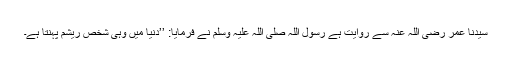
سیدنا عمر رضی اللہ عنہ سے روایت ہے رسول اللہ صلی اللہ علیہ وسلم نے فرمایا: ’’دنیا میں وہی شخص ریشم پہنتا ہے۔